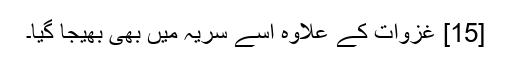
[15] غزوات کے علاوہ اسے سریہ میں بھی بھیجا گیا۔